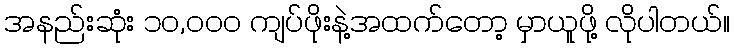
အနည်းဆုံး ၁၀,၀၀၀ ကျပ်ဖိုးနဲ့အထက်တော့ မှာယူဖို့ လိုပါတယ်။